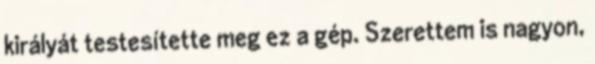
királyát testesítette meg ez a gép. Szerettem is nagyon,